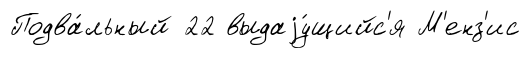
Подва́льный 22 выдаjу́щийс'я М'енз'ис